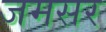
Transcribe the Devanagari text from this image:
जमसर